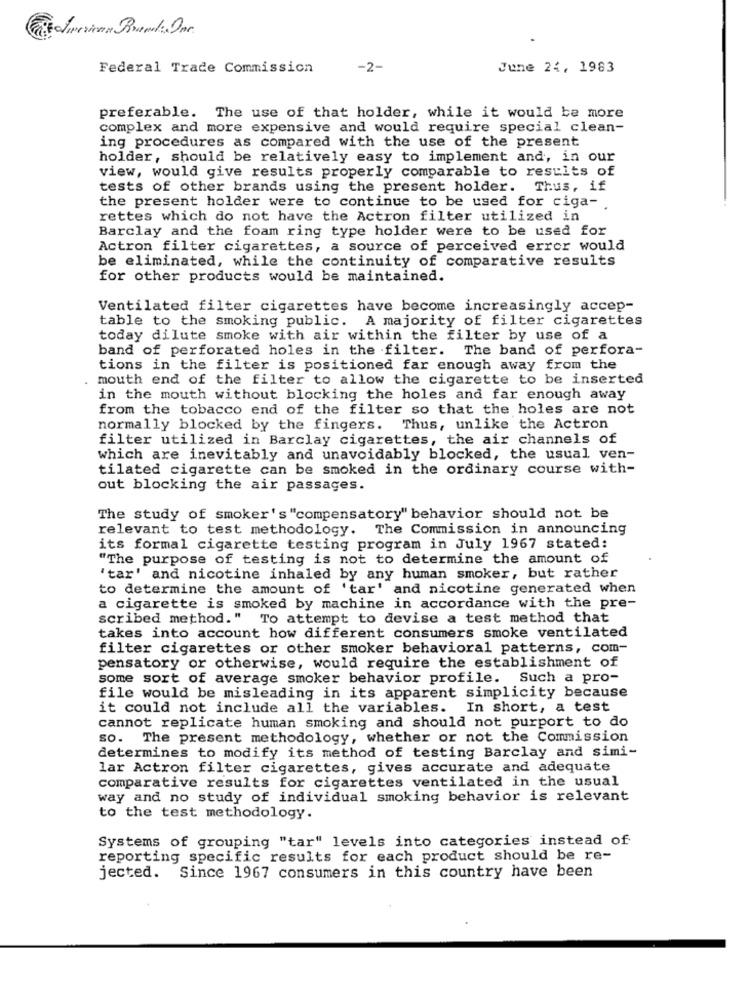
Federal Trade Commission
-2-
June 24, 1983
preferable. The use of that holder, while it would be more
complex and more expensive and would require special clean-
ing procedures as compared with the use of the present
holder, should be relatively easy to implement and, in our
view, would give results properly comparable to results of
tests of other brands using the present holder. Thus, if
the present holder were to continue to be used for ciga -.
rettes which do not have the Actron filter utilized in
Barclay and the foam ring type holder were to be used for
Actron filter cigarettes, a source of perceived error would
be eliminated, while the continuity of comparative results
for other products would be maintained.
Ventilated filter cigarettes have become increasingly accep-
table to the smoking public. A majority of filter cigarettes
today dilute smoke with air within the filter by use of a
band of perforated holes in the filter.
The band of perfora-
tions in the filter is positioned far enough away from the
mouth end of the filter to allow the cigarette to be inserted
in the mouth without blocking the holes and far enough away
from the tobacco end of the filter so that the holes are not
normally blocked by the fingers. Thus, unlike the Actron
filter utilized in Barclay cigarettes, the air channels of
which are inevitably and unavoidably blocked, the usual ven-
tilated cigarette can be smoked in the ordinary course with-
out blocking the air passages.
The study of smoker's "compensatory" behavior should not be
relevant to test methodology. The Commission in announcing
its formal cigarette testing program in July 1967 stated:
"The purpose of testing is not to determine the amount of
'tar' and nicotine inhaled by any human smoker, but rather
to determine the amount of 'tar' and nicotine generated when
a cigarette is smoked by machine in accordance with the pre-
scribed method." To attempt to devise a test method that
takes into account how different consumers smoke ventilated
filter cigarettes or other smoker behavioral patterns, com-
pensatory or otherwise, would require the establishment of
some sort of average smoker behavior profile. Such a pro-
file would be misleading in its apparent simplicity because
it could not include all the variables. In short, a test
cannot replicate human smoking and should not purport to do
so. The present methodology, whether or not the Commission
determines to modify its method of testing Barclay and simi-
lar Actron filter cigarettes, gives accurate and adequate
comparative results for cigarettes ventilated in the usual
way and no study of individual smoking behavior is relevant
to the test methodology.
Systems of grouping "tar" levels into categories instead of
reporting specific results for each product should be re-
jected. Since 1967 consumers in this country have been